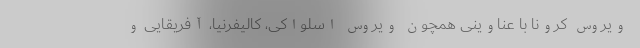
ویروس کرونا با عناوینی همچون ویروس اسلواکی، کالیفرنیا، آفریقایی و